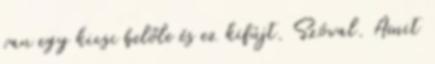
van egy kicsi belőle és ez kifújt. Szóval. Amit